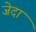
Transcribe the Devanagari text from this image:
जेदा